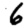
Digit: 6